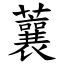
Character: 蘘